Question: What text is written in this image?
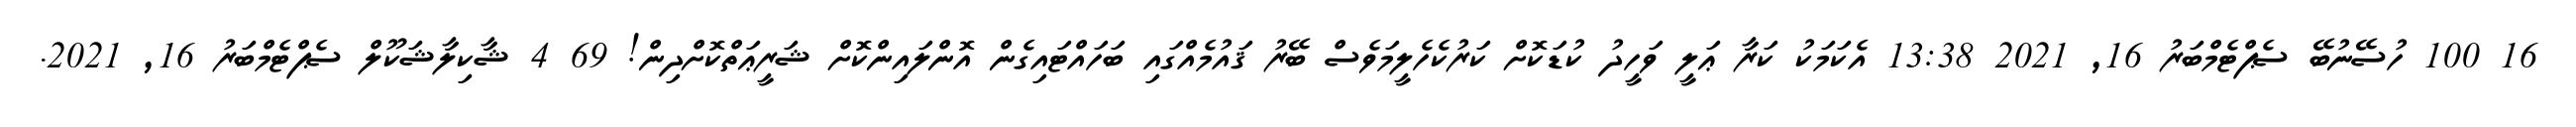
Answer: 16 100 ހުސޭނުބޭ ސެޕްޓެމްބަރު 16, 2021 13:38 އެކަމަކު ކަރާ ޢަލީ ވަހީދު ކުޑަކޮށް ކަރުކެހެލީމަވެސް ބޭރު ޤައުމެއްގައި ބަހައްޓައިގެން އޮންލައިންކޮށް ޝަރީޢަތްކޮށްދިން! 69 4 ޝާކިލާޝަކޫލް ސެޕްޓެމްބަރު 16, 2021.